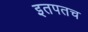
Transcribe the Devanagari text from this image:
इतपतच